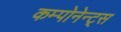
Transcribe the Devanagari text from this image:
कम्पोनेन्ट्स